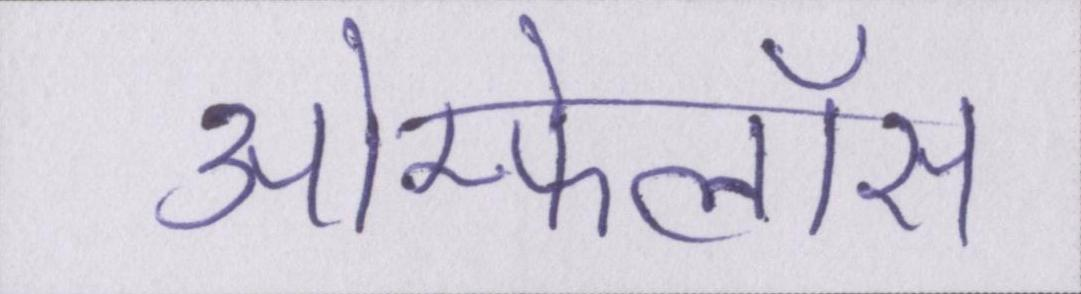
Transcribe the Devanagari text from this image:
ओम्फेलॉस